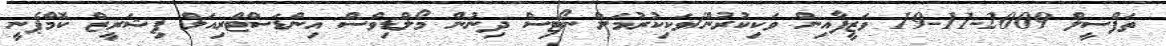
ތަފްސީލް 2009-11-19 ވަޒީފާއިން ވަކިކުރުން/ވަކިކުރުމަށް ނޯޓިސް ދިނުން މޯލްޑިވްސް އިންޑަސްޓްރިއަލް ފިޝަރީޒް ކޮމްޕެނީ